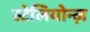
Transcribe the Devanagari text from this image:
स्टेलियोन्ज़